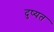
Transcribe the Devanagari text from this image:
दुष्यत